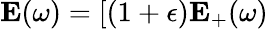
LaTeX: \mathbf{E}(\omega)=[(1+\epsilon)\mathbf{E}_{+}(\omega)